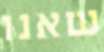
שאנו